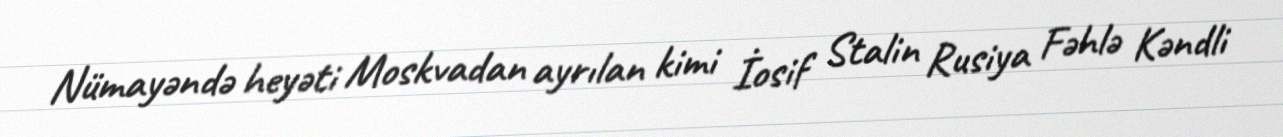
Nümayəndə heyəti Moskvadan ayrılan kimi İosif Stalin Rusiya Fəhlə Kəndli